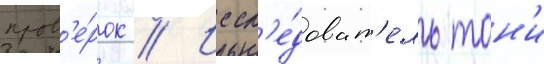
пров'е́рок // Иссл'е́доват'ель тон'и